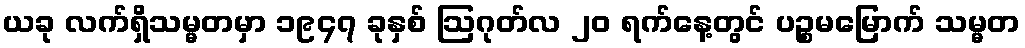
ယခု လက်ရှိသမ္မတမှာ ၁၉၄၇ ခုနှစ် ဩဂုတ်လ ၂၀ ရက်နေ့တွင် ပဉ္စမမြောက် သမ္မတ